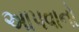
અાપવાનો